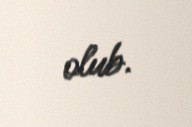
olub.